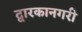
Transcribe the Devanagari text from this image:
द्वारकानगरी